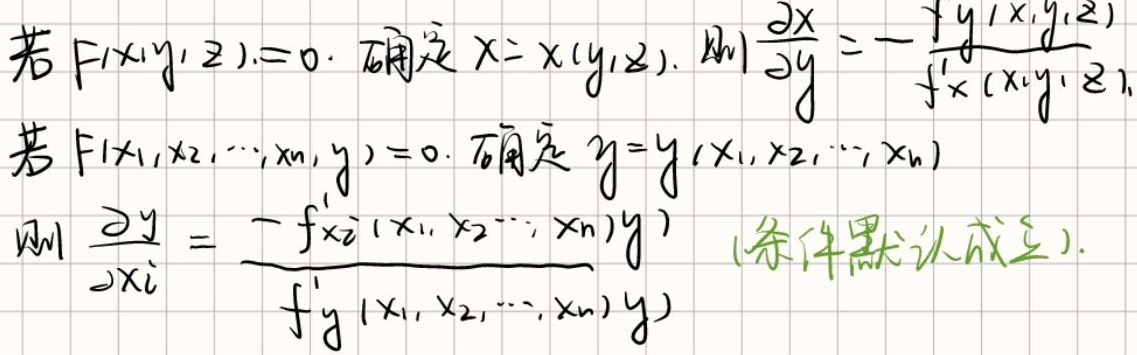
若\(F(x,y,z)=0\)，确定\(x = x(y,z)\)，则\(\frac{\partial x}{\partial y}=-\frac{f_y^{\prime}(x,y,z)}{f_x^{\prime}(x,y,z)}\)
若\(F(x_1,x_2,\cdots,x_n,y)=0\)，确定\(y = y(x_1,x_2,\cdots,x_n)\)
则\(\frac{\partial y}{\partial x_i}=-\frac{f_{x_i}^{\prime}(x_1,x_2,\cdots,x_n,y)}{f_y^{\prime}(x_1,x_2,\cdots,x_n,y)}\) （条件默认成立）.